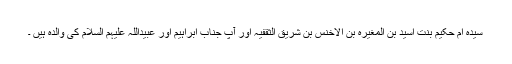
سیدہ ام حکیم بنت اسید بن المغیرہ بن الاخنس بن شریق الثقفیہ اور آپ جناب ابراہیم اور عبیداللہ علیہم السلام کی والدہ ہیں ۔